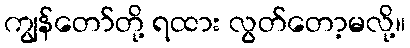
ကျွန်တော်တို့ ရထား လွတ်တော့မလို့။